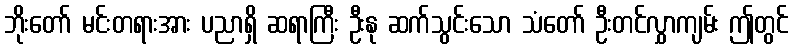
ဘိုးတော် မင်းတရားအား ပညာရှိ ဆရာကြီး ဦးနု ဆက်သွင်းသော သံတော် ဦးတင်လွှာကျမ်း ဤတွင်